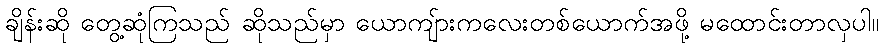
ချိန်းဆို တွေ့ဆုံကြသည် ဆိုသည်မှာ ယောကျ်ားကလေးတစ်ယောက်အဖို့ မထောင်းတာလှပါ။